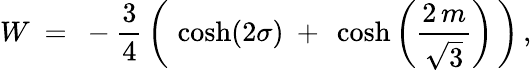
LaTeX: W~=~-{\frac{3}{4}}\, \bigg(\, \cosh(2\sigma)~+~\cosh\bigg({\frac{2\, m}{\sqrt{3}}}\bigg)\, \bigg)\, ,